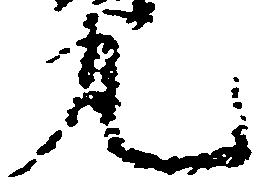
丸